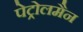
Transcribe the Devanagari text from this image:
पेट्रोलमैन